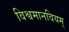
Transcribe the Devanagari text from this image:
विश्वमानवियम्